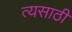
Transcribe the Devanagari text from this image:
त्यसाठी